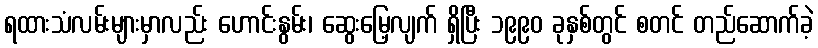
ရထားသံလမ်းများမှာလည်း ဟောင်းနွမ်း၊ ဆွေးမြေ့လျက် ရှိပြီး ၁၉၉၀ ခုနှစ်တွင် စတင် တည်ဆောက်ခဲ့